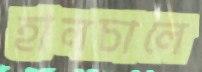
হালচালে